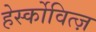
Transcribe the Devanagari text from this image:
हेर्स्कोवित्ज़